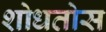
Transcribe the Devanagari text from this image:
शोधतोस